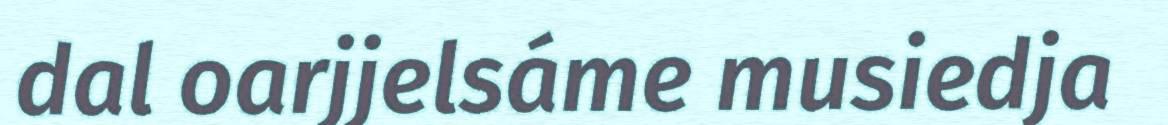
dal oarjjelsáme musiedja